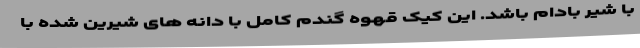
با شیر بادام باشد. این کیک قهوه گندم کامل با دانه های شیرین شده با